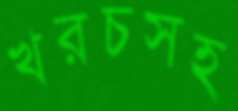
খরচসহ